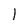
Character: l